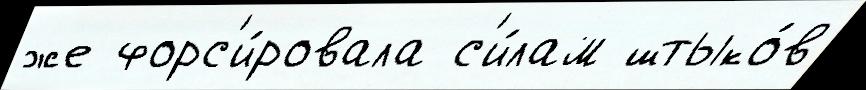
же форс'и́ровала с'и́лам штыко́в